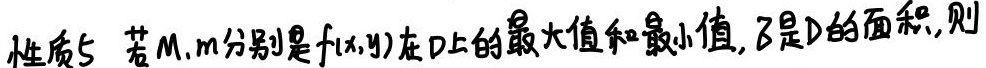
性质5 若$M,m$分别是$f(x,y)$在$D$上的最大值和最小值,$\sigma$是$D$的面积,则